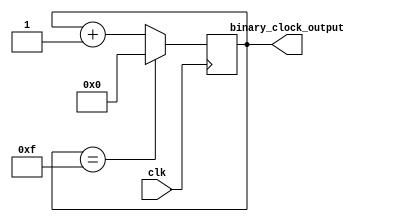
module binary_clock_divider (
    input wire clk,
    output reg [3:0] binary_clock_output
);

reg [3:0] counter;

always @(posedge clk) begin
    if (counter == 15) begin
        counter <= 0;
    end else begin
        counter <= counter + 1;
    end
end

assign binary_clock_output = counter;

endmodule